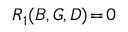
R _ { 1 } ( B , G , D ) \! = \! 0